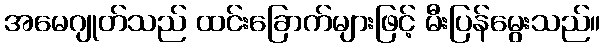
အမေဂျုတ်သည် ထင်းခြောက်များဖြင့် မီးပြန်မွေးသည်။